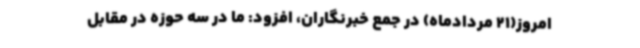
امروز(21 مردادماه) در جمع خبرنگاران، افزود: ما در سه حوزه در مقابل